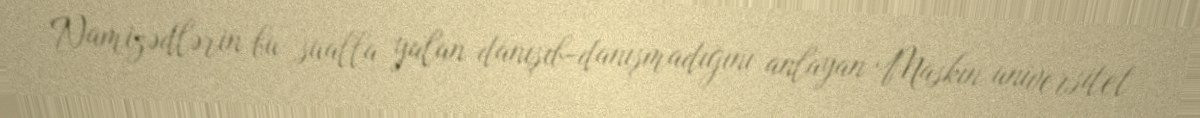
Namizədlərin bu sualla yalan danışıb-danışmadığını anlayan Maskın universitet